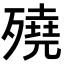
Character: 𣩦